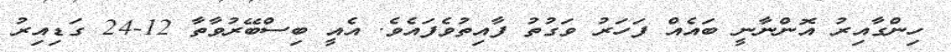
ހިންގާއިރު އޮންނާނީ ބައެއް ފަހަރު ވަގުތު ފާއިތުވެފައެވެ. އެއީ ބިސްބޭރުވާތާ 12-24 ގަޑިއިރު